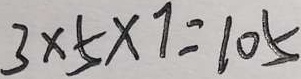
3 \times 5 \times 7 = 1 0 5